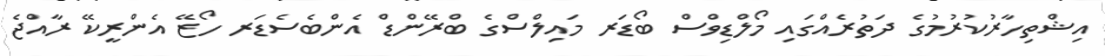
އިޝްތިހާރުކުރުމުގެ ދަތުރެއްގައި މޯލްޑިވްސް ބޯޑަރ މައިލްސްގެ ބްރޭންޑް އެންބެސެޑަރ ހޯޒޭ އެންރީކޭ ރާއްޖެ